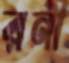
রনী